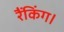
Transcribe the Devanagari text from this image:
रैंकिंग।